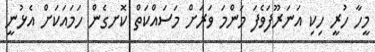
މީހާ ހުރީ ހިކި އަނަރޫފަވެފަ މަންމަ ވަރަށް މަސައްކަތް ކޮށގެން ހަމައަކަށް އެޅުނީ